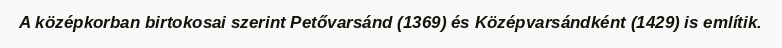
A középkorban birtokosai szerint Petővarsánd (1369) és Középvarsándként (1429) is említik.